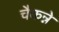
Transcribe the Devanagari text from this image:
चैकन्ने